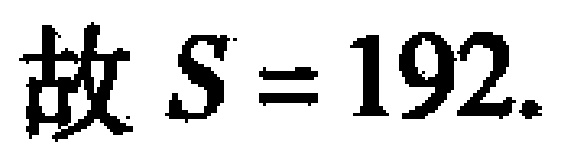
故 \(S = 192\).